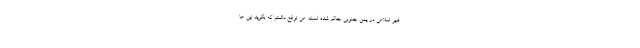
غیر اسلامی در یمن جنوبی حاکم شده است. من توقع داشتم که بگوید این ها